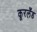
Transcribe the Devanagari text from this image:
कूरलँड